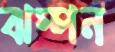
ঝম্পন